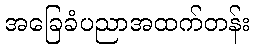
အခြေခံပညာအထက်တန်း